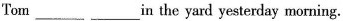
Tom___ ___n the yard yesterday morning。